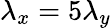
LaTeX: \lambda_{x}=5\lambda_{y}